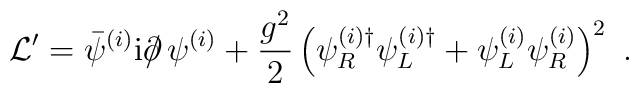
{\cal L}'= \bar{\psi}^{(i)} {\rm i} \partial \!\!\!/ \, \psi^{(i)} +\frac{g^2}{2} \left(\psi_R^{(i)\dagger}\psi_L^{(i)\dagger} +  \psi_L^{(i)}\psi_R^{(i)}\right)^2 \ .